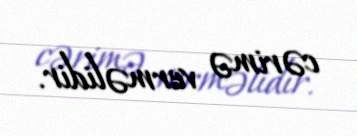
cərimə verməlidir.